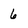
Character: 6